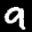
Label: 9